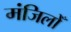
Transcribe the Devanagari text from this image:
मंजिलोँ